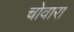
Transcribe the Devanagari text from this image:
चोवारा